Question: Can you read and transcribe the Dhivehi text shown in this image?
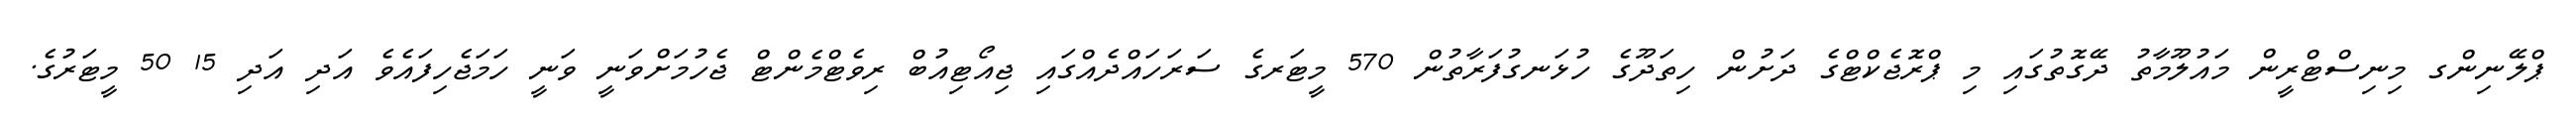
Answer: ޕްލޭނިންގ މިނިސްޓްރީން މައުލޫމާތު ދޭގޮތުގައި މި ޕްރޮޖެކްޓްގެ ދަށުން ހިތަދޫގެ ހުޅަނގުފަރާތުން 570 މީޓަރގެ ސަރަހައްދެއްގައި ޖިއޯޓިއުބް ރިވެޓްމެންޓް ޖެހުމަށްވަނީ ވަނީ ހަމަޖެހިފައެވެ އަދި އަދި 15 50 މީޓަރުގެ.